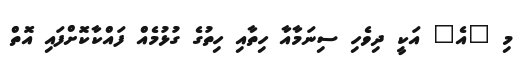
މި "އެ" އަކީ ދިވެހި ސިނަމާއާ ހިތާއި ހިތުގެ ގުޅުމެއް ފައްކާކޮށްފައި އޮތް